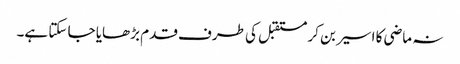
نہ ماضی کا اسیر بن کر مستقبل کی طرف قدم بڑھایا جا سکتا ہے۔